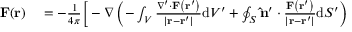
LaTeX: \begin{array} { r l } { \mathbf { F } ( \mathbf { r } ) } & { { } = - { \frac { 1 } { 4 \pi } } { \bigg [ } - \nabla \left( - \int _ { V } { \frac { \nabla ^ { \prime } \cdot \mathbf { F } \left( \mathbf { r } ^ { \prime } \right) } { \left| \mathbf { r } - \mathbf { r } ^ { \prime } \right| } } \mathrm { d } V ^ { \prime } + \oint _ { S } \mathbf { \hat { n } } ^ { \prime } \cdot { \frac { \mathbf { F } \left( \mathbf { r } ^ { \prime } \right) } { \left| \mathbf { r } - \mathbf { r } ^ { \prime } \right| } } \mathrm { d } S ^ { \prime } \right) } \end{array}